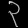
Digit: ၃